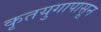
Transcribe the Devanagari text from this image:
कृतयुगापासून